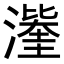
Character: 𭲹